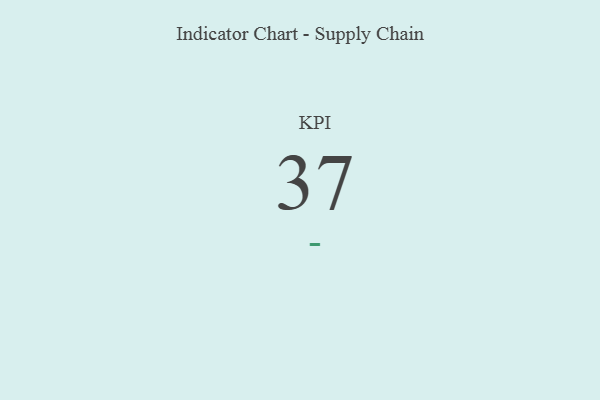
{"axis": {"x": "KPI", "y": "Value"}, "legend": [""], "data": [{"x": "KPI", "y": 37, "type": ""}]}